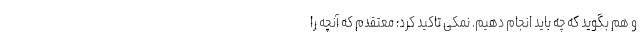
و هم بگوید که چه باید انجام دهیم. نمکی تاکید کرد: معتقدم که آنچه را